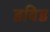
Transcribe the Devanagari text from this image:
डविड